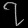
Digit: ၇